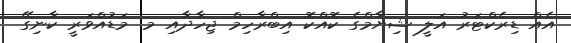
އެއް ޑިރެކްޓަރު އަލީ ޝިޔާމްގެ ކޮއްކޮ އިބްރާހިމް ޖިހާދާއި މ. މަޑުއްވަރީ ކާނިގޭ